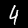
Label: 4